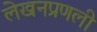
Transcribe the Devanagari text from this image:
लेखनप्रणली